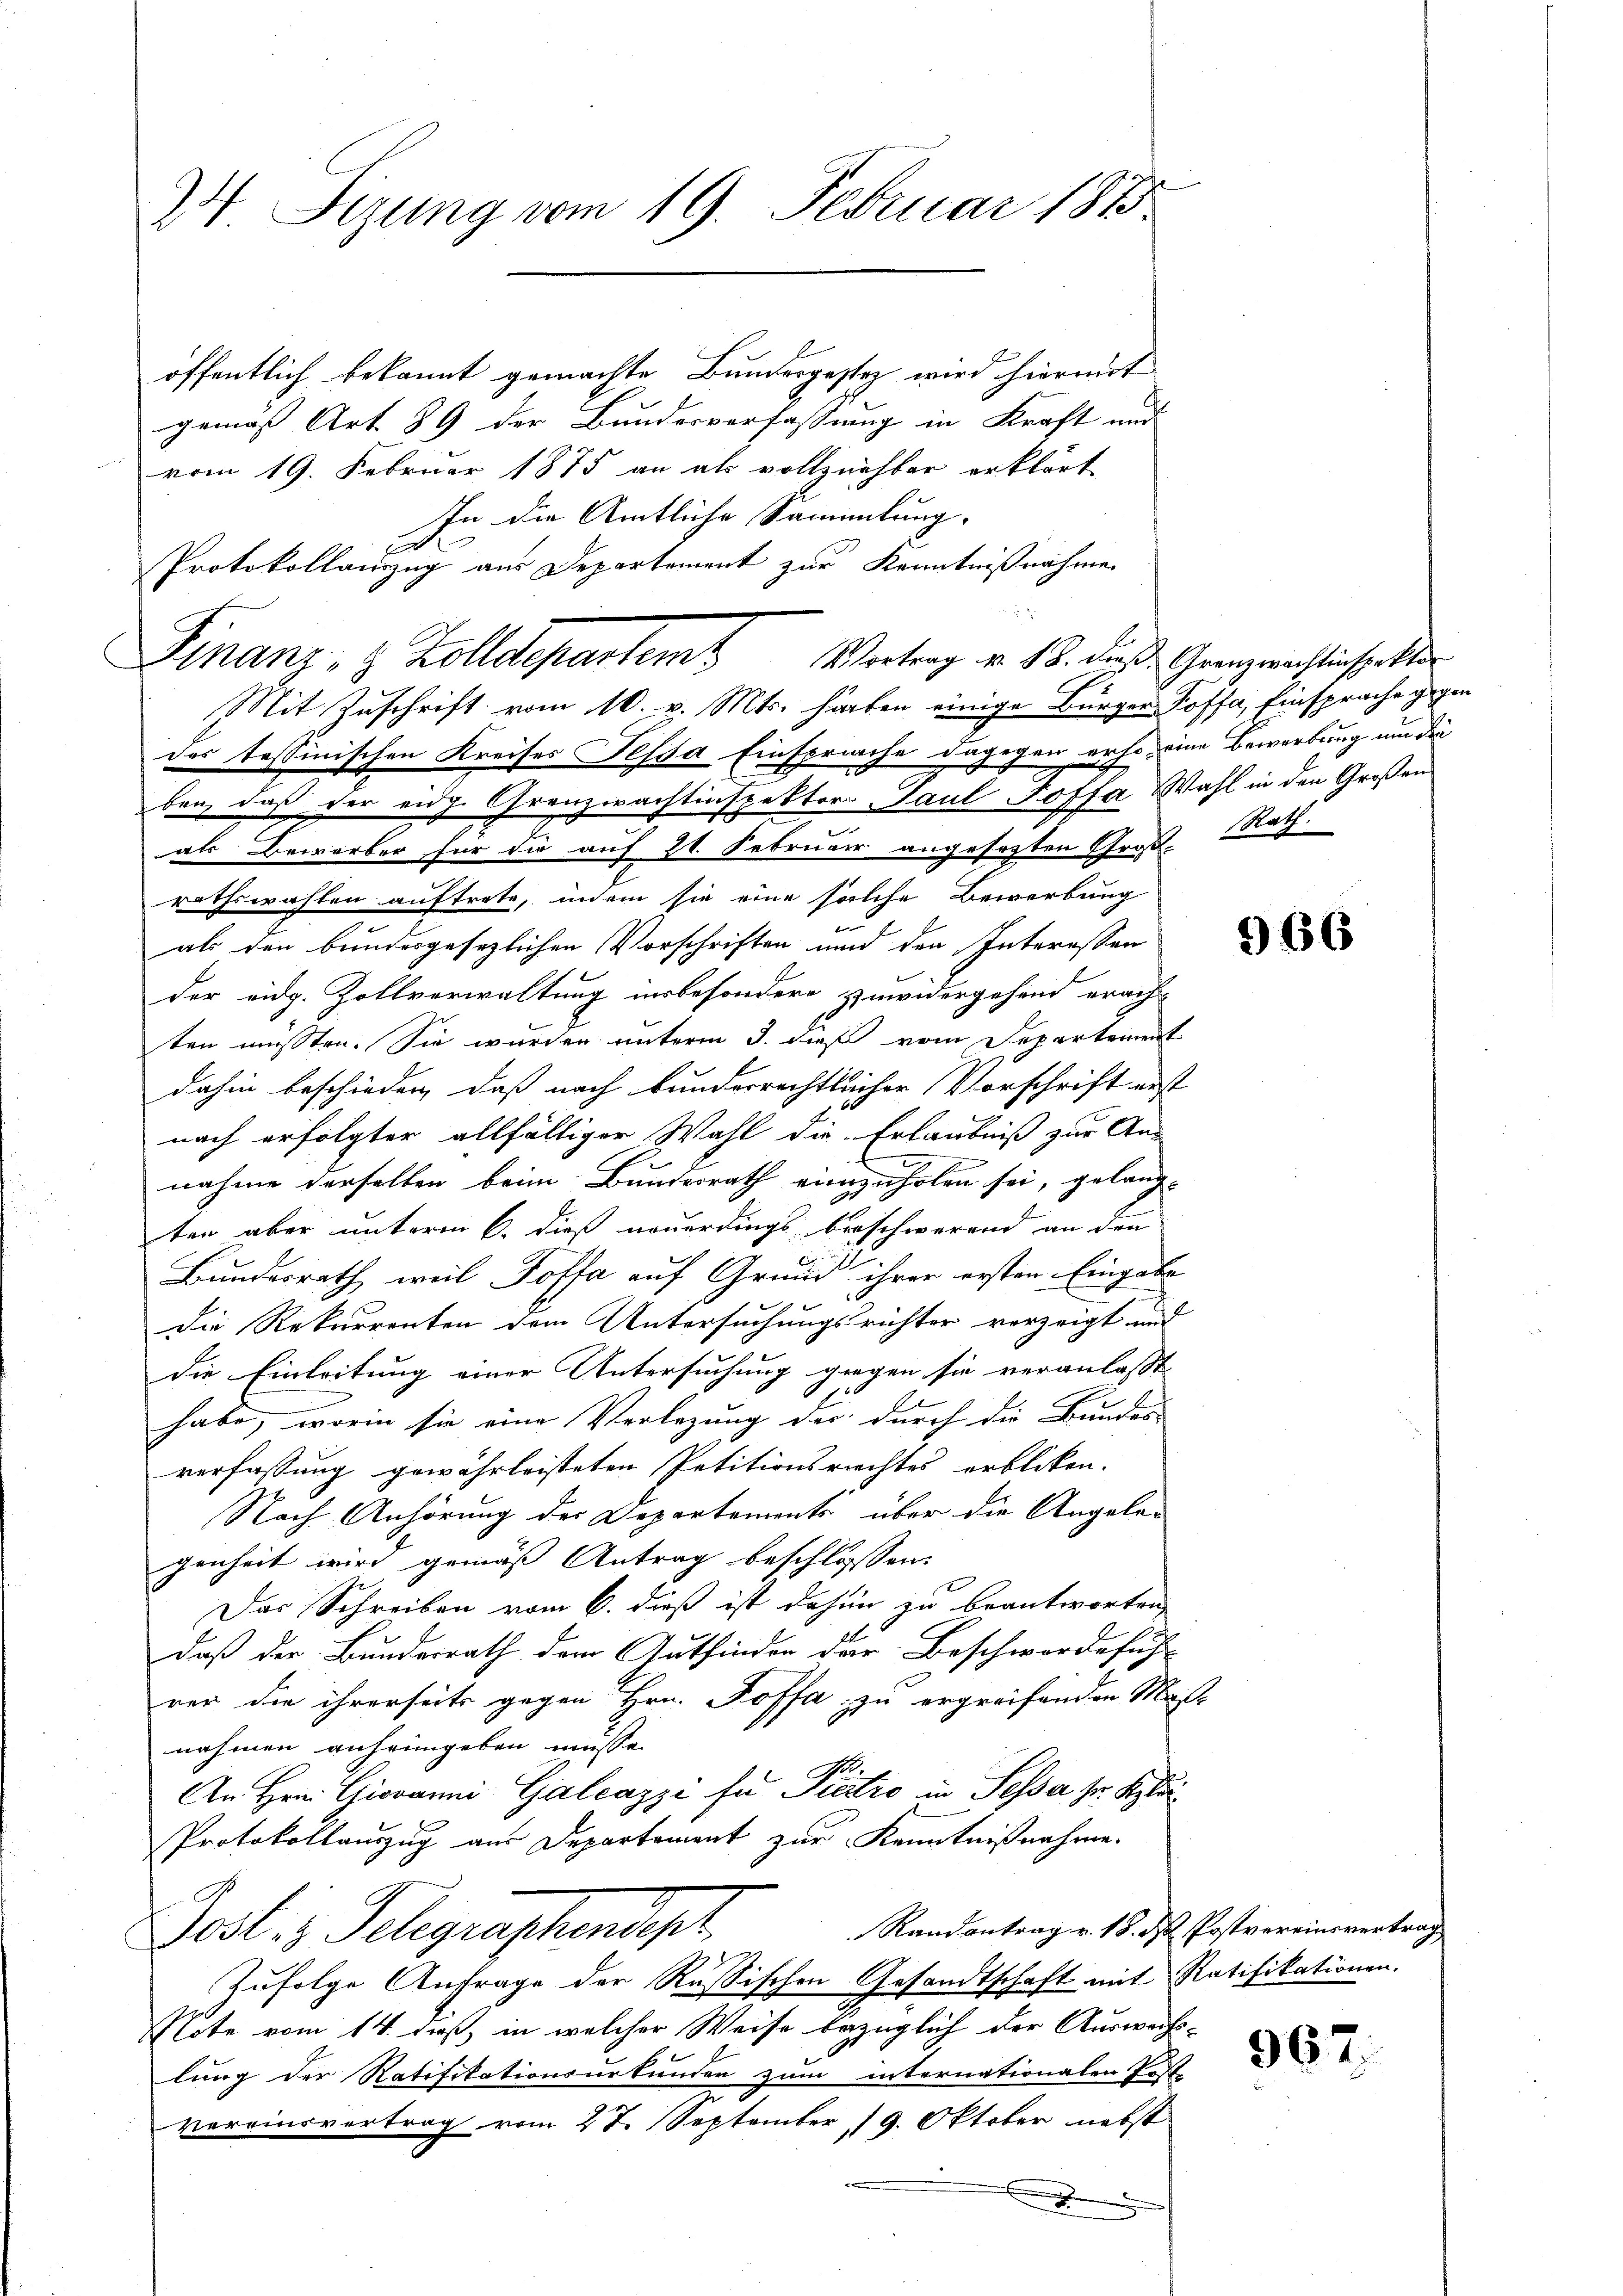
24 Sizung vom 19. Februar 1873.

öffentlich bekannt gemachte Bundesgestez wird hiermit
gemäß Art. 89 der Bundesverfassung in Kraft und
vom 19. Februar 1875 an als vollziehbar erklärt
In die Amtliche Sammlung.
b
Protokollauszug aus Departement zur Kenntnißnahme
Mit Zuschrift vom 10. v. Mts. haben einige Bürger- Koffe, Einsprache gegen
des tessinischen Kreises Pessa Einsprache dagegen erho, eine Bewerbung um die
ben, daß der eidg. Granzwachtinspektor Paul Poffa Wahl in den Großen
als Bewerber für die auf 21. Februar angesagten Große Rath
rathswahlen auftrete, indem sie eine solche Bewerbung
als den bundesgesezlichen Vorschriften und den Interossen
der eidg. Zollverwaltung insbesondere Zuwidergehend erachten müssten. Sie wurden unterm 5. dieß vom Departement
dahin beschieden, daß nach bunderrechtlicher Vorschrift erst
nach erfolgter allfälliger Wahl die Erlaubniß zur An-
nahme derselben beim Bundesrath einzuholen sei, gelang-
ten aber unterm 6. dieß neuerdings beschwerend an den
Bundesrath, weil Toffa auf Grund ihrer ersten Eingabe
Die Rekurrenten dem Untersuchungsrichter vorzeigt und
die Einleitung einer Untersuchung gegen sie veranlasst
habe, worin sie eine Verlegung der durch die Bundes-
verfassung gewährleisteten Petitionsrechtes erblicken.
Nach Anhörung der Departements über die Angeleg
genheit wird gemäß Antrag beschlossen:
Das Schreiben vom 6. dieß ist dahin zu beantworten,
daß der Bundesrath dem Gutfinden der Beschworde sich
rer die ihrerseits gegen Hrn. Joffa zu ergreifenden Mass
nahmen anheimgeben müsse.
1
An Hrn. Giovanni Galcazzi fü Tiatio in Sesse ser Klä¬
Protokollauszug aus Departement zur Kenntnißnahme.
Randantrag v. 18. ds Postvereinsvertrag
Post. - Gelegraphendigt.
Zufolge Anfrage der Rußischen Gesandtschaft mit Ratifikationen.
Note vom 14. dieß, in welcher Weise bezüglich der Auswachs-
lung der Ratifikationsurkunden zum internationalen Post-
vereinsvertrag vom 27. September, 19. Oktober nebst
.

Finanz- & Zolldepartem Vortrag v. 18. dieß Grenzwachtenstalte

966

967.